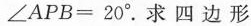
$$∠ A P B = 2 0 °$$.求四边形